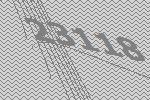
23118